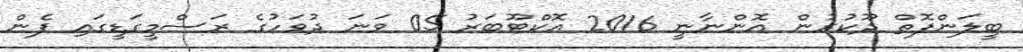
ބީލަންފޮތް ދޫކުރުން އޮންނާނީ 2016 އޮކްޓޫބަރު 05 ވަނަ ދުވަހުގެ ރަސްމީގަޑީގައި ފެން